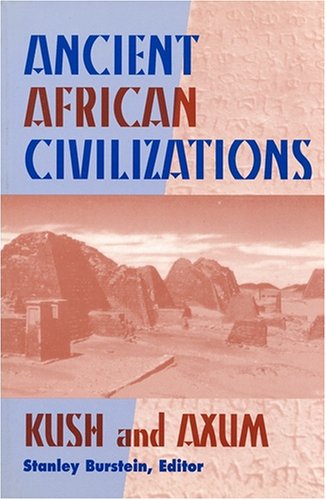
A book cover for Ancient African Civilizations: Kush and Axum; History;